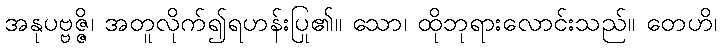
အနုပဗ္ဗဇ္ဇိ၊ အတူလိုက်၍ရဟန်းပြု၏။ သော၊ ထိုဘုရားလောင်းသည်။ တေဟိ၊